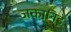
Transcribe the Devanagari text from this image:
जकानिडे